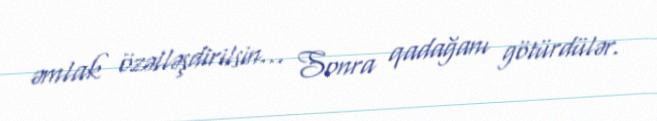
əmlak özəlləşdirilsin... Sonra qadağanı götürdülər.